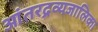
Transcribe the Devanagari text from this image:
आंतरद्रव्यजालिका